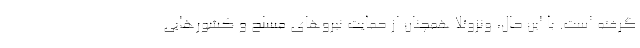
گرفته است. با این حال، ونزوئلا همچنان از حمایت نیروهای مسلح و کشورهایی